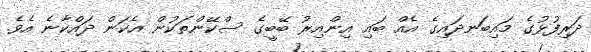
ދަރިފުޅުގެ މައިބަނދައިގެ އެއް ބައި އިންއިރު ބޭބީގެ ސްކޭންތަކުން އެކަން ދައްކާނެ އެވެ.